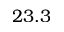
2 3 . 3